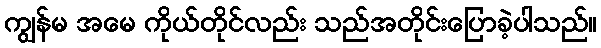
ကျွန်မ အမေ ကိုယ်တိုင်လည်း သည်အတိုင်းပြောခဲ့ပါသည်။